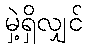
မှဲ့ရှိလျှင်